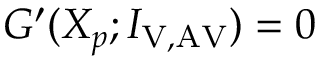
G ^ { \prime } ( X _ { p } ; I _ { \mathrm { V , A V } } ) = 0